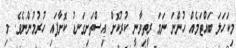
މިކަހަލަ ބައްޓަމެއް ހުންނަ ނަމަ ރީތިވާނީ ކުރުކޮށް އިސްތަށިގަނޑު ކޮށާފައި ހުރުމުންނެވެ. މި